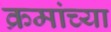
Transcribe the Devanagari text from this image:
क्रमांच्या